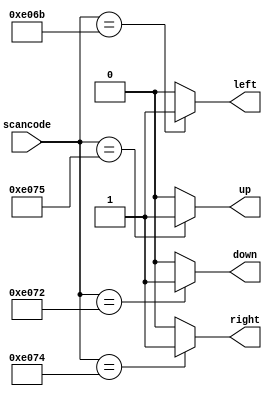
/*
Suppose you're building a circuit to process scancodes from a PS/2 keyboard for a game. Given the last two bytes of scancodes received, you need to indicate whether one of the arrow keys on the keyboard have been pressed. This involves a fairly simple mapping, which can be implemented as a case statement (or if-elseif) with four cases.

Scancode [15:0]	Arrow key
16'he06b	left arrow
16'he072	down arrow
16'he074	right arrow
16'he075	up arrow
Anything else	none

*/

// synthesis verilog_input_version verilog_2001
module top_module (
    input [15:0] scancode,
    output reg left,
    output reg down,
    output reg right,
    output reg up  ); 
    
    always@(*) begin
        left = 1'b0;
        down = 1'b0;
        right = 1'b0;
        up = 1'b0;
        case(scancode)
            16'he06b: begin left=1'b1; end
            16'he072: begin down=1'b1; end
            16'he074: begin right=1'b1; end
          	16'he075: begin up=1'b1; end
        endcase
    end

endmodule